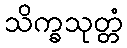
သိက္ခသုတ္တံ